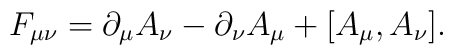
F_{\mu\nu} =\partial_{\mu} A_{\nu} -\partial_{\nu} A_{\mu} +[A_{\mu},A_{\nu}].